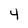
Character: 4